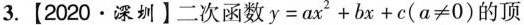
3.【2020·深圳】二次函数y=ax^{2}+bx+c(α≠0)的顶